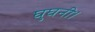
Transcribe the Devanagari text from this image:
घुघनी।